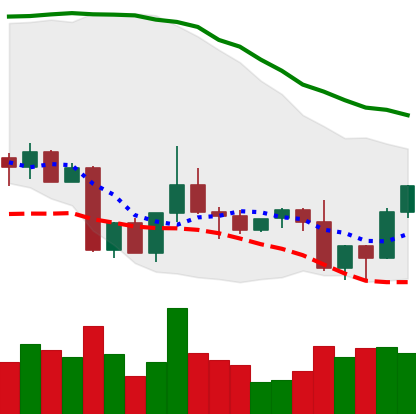
Ticker: TRX-USD
Chart end date: 2022-09-10
Forward return: -5.282%
Label: down_5_7